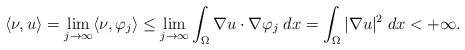
LaTeX: \begin{align*}\langle \nu, u \rangle = \lim_{j \rightarrow \infty} \langle \nu, \varphi_{j} \rangle \leq \lim_{j \rightarrow \infty} \int_{\Omega} \nabla u \cdot \nabla \varphi_{j} \;dx=\int_{\Omega} | \nabla u |^{2} \;dx < +\infty.\end{align*}